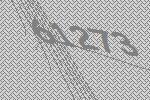
61273